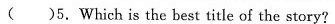
( )5.Which is the best title of the story?